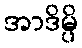
အာဒိမ္ပိ